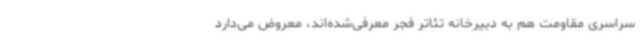
سراسری مقاومت هم به دبیرخانه تئاتر فجر معرفی‌شده‌اند، معروض می‌دارد